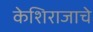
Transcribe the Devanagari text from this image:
केशिराजाचे